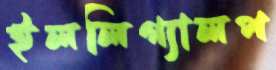
ইললিগ্যালপ